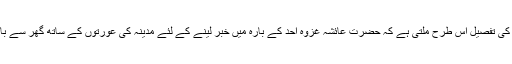
اس واقعہ کی تفصیل اس طرح ملتی ہے کہ حضرت عائشہؓ غزوۂ اُحُد کے بارہ میں خبر لینے کے لئے مدینہ کی عورتوں کے ساتھ گھر سے باہر نکلیں ۔